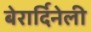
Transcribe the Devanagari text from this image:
बेरार्दिनेली